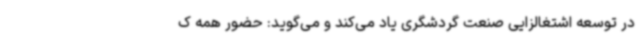
در توسعه اشتغالزایی صنعت گردشگری یاد می‌کند و می‌گوید: حضور همه ک